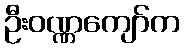
ဦးဝဏ္ဏကျော်က